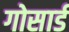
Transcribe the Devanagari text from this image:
गोसार्ड